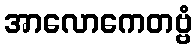
အာလောကေတဗ္ဗံ